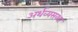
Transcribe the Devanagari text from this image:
अर्थव्यसव्था